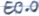
Text: E0.0